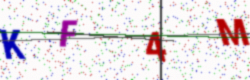
Text: KF4M